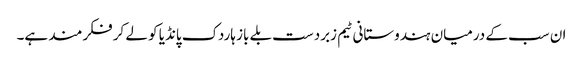
ان سب کے درمیان ہندوستانی ٹیم زبردست بلے باز ہاردک پانڈیا کو لے کر فکرمند ہے۔